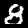
Label: 8